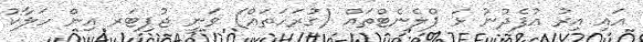
އައި އިރު އުފެދުނު ޅަ ޕްލެނެޓްތައް (ގުރަހަތައް) ވަނީ ޖުޕިޓަރ އިން ހަލާކު